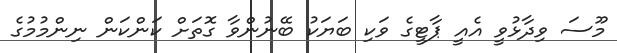
މޫސަ ވިދާޅުވީ އެއީ ޕާޓީގެ ވަކި ބަޔަކު ބޭނުންވާ ގޮތަށް ކަންކަން ނިންމުމުގެ